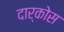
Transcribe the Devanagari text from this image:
दार्कोस